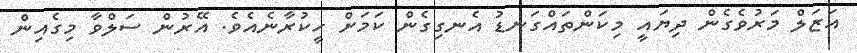
އަޒަލް މަރުވެގެން ދިޔައީ މިކަންތައްގަނޑު އެނގިގެން ކަމަށް ހީކުރާނެއެވެ. އޭރުން ސަލްވާ މިގެއިން